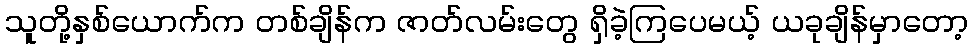
သူတို့နှစ်ယောက်က တစ်ချိန်က ဇာတ်လမ်းတွေ ရှိခဲ့ကြပေမယ့် ယခုချိန်မှာတော့